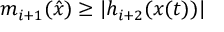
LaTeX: m _ { i + 1 } ( { \hat { x } } ) \geq | h _ { i + 2 } ( x ( t ) ) |